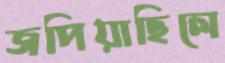
জপিয়াছিলে